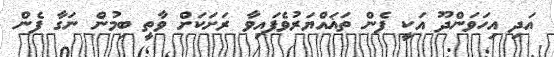
އަދި އިހަވަންދޫ އަކީ ފެން ތަޣައްޔަރުވެފައިވާ ރަށަކަށް ވާތީ ބިމުން ނަގާ ފެން